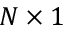
N \times 1